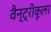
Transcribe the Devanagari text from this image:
वैन्ट्रीकूलर